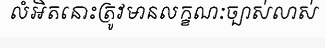
លំអិតនោះត្រូវមានលក្ខណៈច្បាស់លាស់